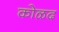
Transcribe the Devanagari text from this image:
कोळद